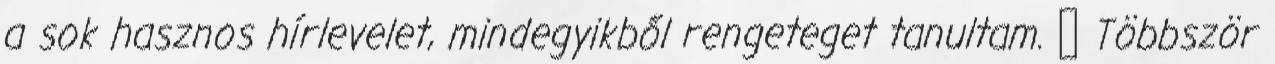
a sok hasznos hírlevelet, mindegyikből rengeteget tanultam. 🙂 Többször